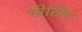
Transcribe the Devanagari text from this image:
गीसिर